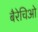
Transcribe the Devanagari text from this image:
बैरेचिओ